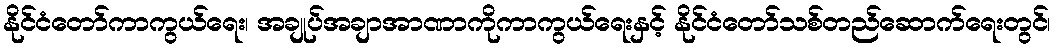
နိုင်ငံတော်ကာကွယ်ရေး၊ အချုပ်အချာအာဏာကိုကာကွယ်ရေးနှင့် နိုင်ငံတော်သစ်တည်ဆောက်ရေးတွင်၊